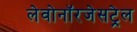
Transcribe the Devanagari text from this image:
लेवोनॉरजेसट्रेल